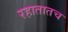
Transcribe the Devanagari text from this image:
रहातातच